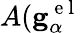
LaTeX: A(\mathbf{g}_{\alpha}^{\mathrm{~e~l~}}